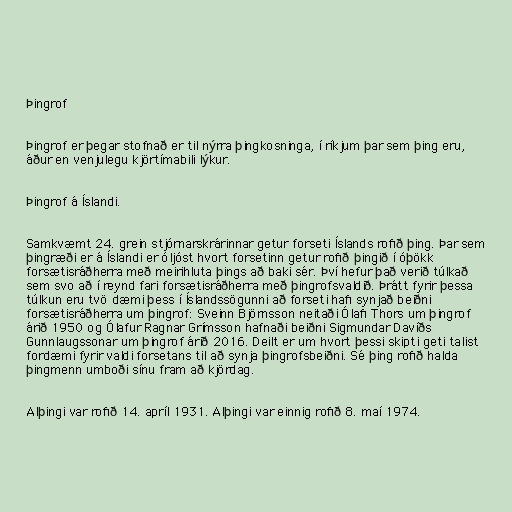
Þingrof

Þingrof er þegar stofnað er til nýrra þingkosninga, í ríkjum þar sem þing eru,
áður en venjulegu kjörtímabili lýkur.

Þingrof á Íslandi.

Samkvæmt 24. grein stjórnarskrárinnar getur forseti Íslands rofið þing. Þar sem
þingræði er á Íslandi er óljóst hvort forsetinn getur rofið þingið í óþökk
forsætisráðherra með meirihluta þings að baki sér. Því hefur það verið túlkað
sem svo að í reynd fari forsætisráðherra með þingrofsvaldið. Þrátt fyrir þessa
túlkun eru tvö dæmi þess í Íslandssögunni að forseti hafi synjað beiðni
forsætisráðherra um þingrof: Sveinn Björnsson neitaði Ólafi Thors um þingrof
árið 1950 og Ólafur Ragnar Grímsson hafnaði beiðni Sigmundar Davíðs
Gunnlaugssonar um þingrof árið 2016. Deilt er um hvort þessi skipti geti talist
fordæmi fyrir valdi forsetans til að synja þingrofsbeiðni. Sé þing rofið halda
þingmenn umboði sínu fram að kjördag.

Alþingi var rofið 14. apríl 1931. Alþingi var einnig rofið 8. maí 1974.